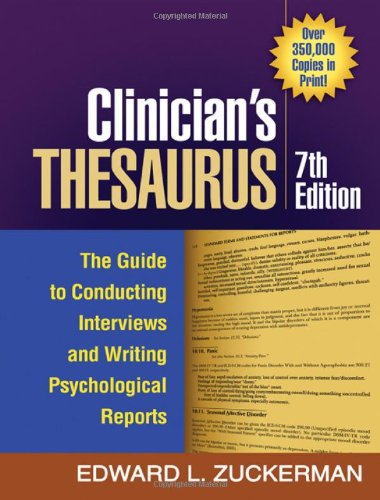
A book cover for Clinician's Thesaurus, 7th Edition: The Guide to Conducting Interviews and Writing Psychological Reports (CLINICIAN'S TOOLBOX); Edward L. Zuckerman; Medical Books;